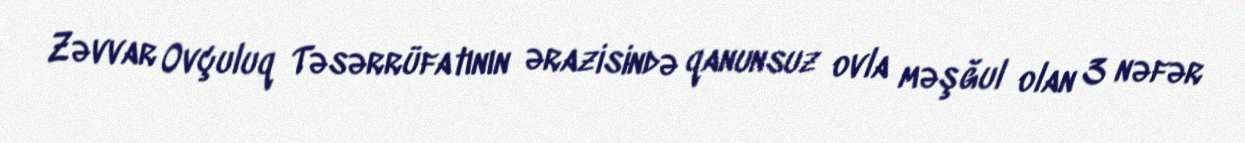
Zəvvar Ovçuluq Təsərrüfatının ərazisində qanunsuz ovla məşğul olan 3 nəfər